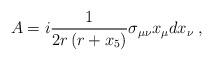
LaTeX: \begin{align*}A=i\frac{1}{2r\left( r+x_{5}\right) }\sigma _{\mu \nu }x_{\mu }dx_{\nu }\;,\end{align*}